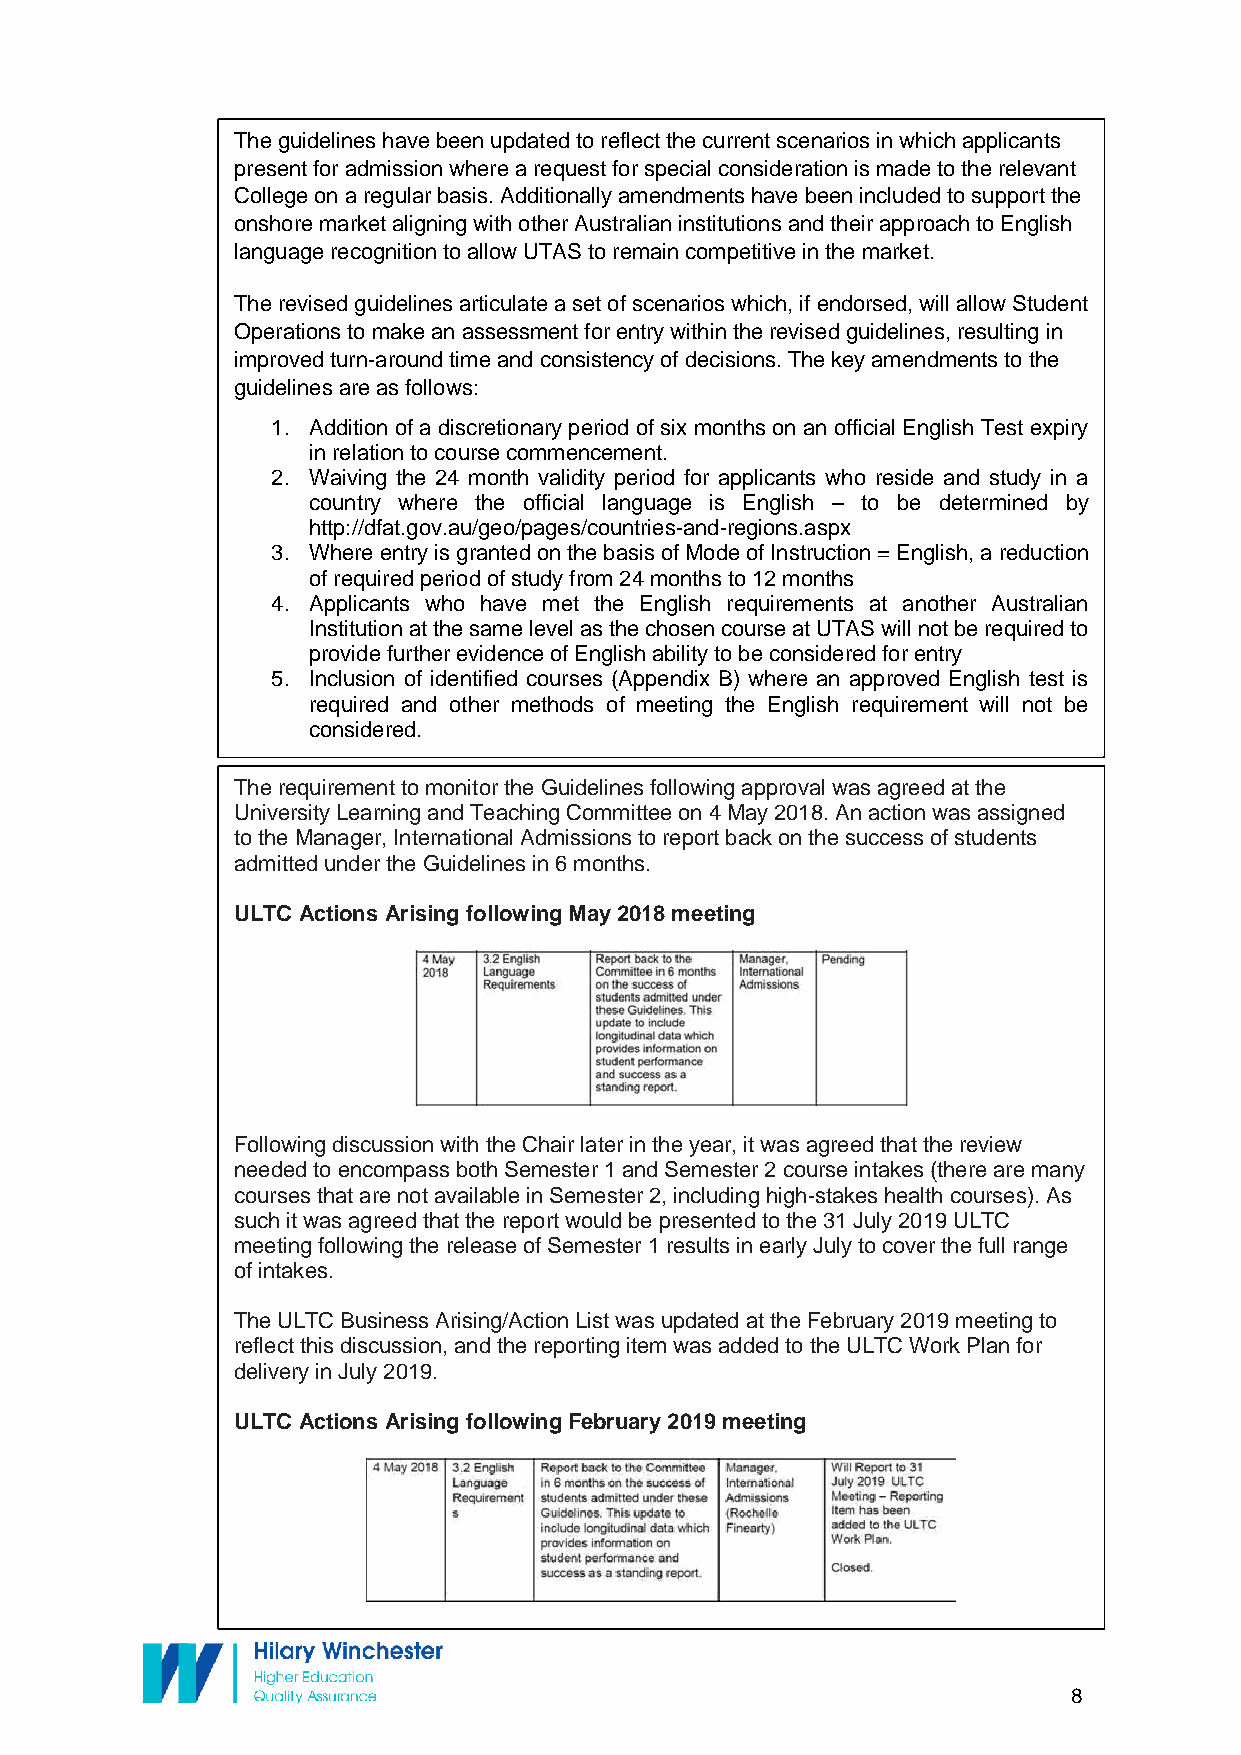
The guidelines have been updated to reflect the current scenarios in which applicants
 present for admission where a request for special consideration is made to the relevant
 College on a regular basis. Additionally amendments have been included to support the
 onshore market aligning with other Australian institutions and their approach to English
 language recognition to allow UTAS to remain competitive in the market.
 The revised guidelines articulate a set of scenarios which, if endorsed, will allow Student
 Operations to make an assessment for entry within the revised guidelines, resulting in
 improved turn-around time and consistency of decisions. The key amendments to the
 guidelines are as follows:
 1. Addition of a discretionary period of six months on an official English Test expiry
 in relation to course commencement.
 2. Waiving the 24 month validity period for applicants who reside and study in a
 country where the official language is English – to be determined by
 http://dfat.gov.au/geo/pages/countries-and-regions.aspx
 3. Where entry is granted on the basis of Mode of Instruction = English, a reduction
 of required period of study from 24 months to 12 months
 4. Applicants who have met the English requirements at another Australian
 Institution at the same level as the chosen course at UTAS will not be required to
 provide further evidence of English ability to be considered for entry
 5. Inclusion of identified courses (Appendix B) where an approved English test is
 required and other methods of meeting the English requirement will not be
 considered.
 The requirement to monitor the Guidelines following approval was agreed at the
 University Learning and Teaching Committee on 4 May 2018. An action was assigned
 to the Manager, International Admissions to report back on the success of students
 admitted under the Guidelines in 6 months.
 ULTC Actions Arising following May 2018 meeting
 Following discussion with the Chair later in the year, it was agreed that the review
 needed to encompass both Semester 1 and Semester 2 course intakes (there are many
 courses that are not available in Semester 2, including high-stakes health courses). As
 such it was agreed that the report would be presented to the 31 July 2019 ULTC
 meeting following the release of Semester 1 results in early July to cover the full range
 of intakes.
 The ULTC Business Arising/Action List was updated at the February 2019 meeting to
 reflect this discussion, and the reporting item was added to the ULTC Work Plan for
 delivery in July 2019.
 ULTC Actions Arising following February 2019 meeting
 8